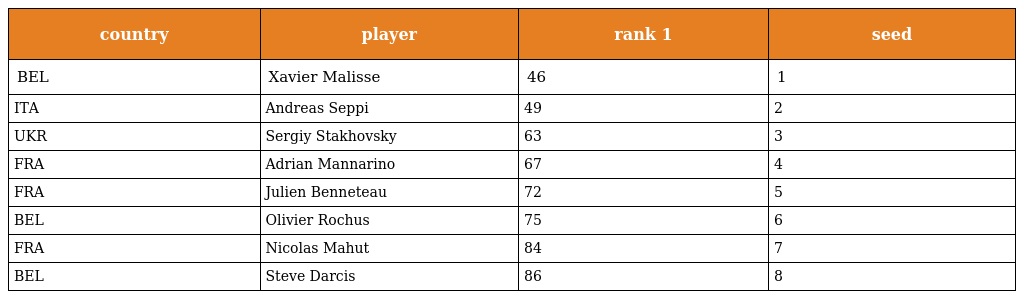
| country | player | rank 1 | seed |
 | --- | --- | --- | --- |
 | BEL | Xavier Malisse | 46 | 1 |
 | ITA | Andreas Seppi | 49 | 2 |
 | UKR | Sergiy Stakhovsky | 63 | 3 |
 | FRA | Adrian Mannarino | 67 | 4 |
 | FRA | Julien Benneteau | 72 | 5 |
 | BEL | Olivier Rochus | 75 | 6 |
 | FRA | Nicolas Mahut | 84 | 7 |
 | BEL | Steve Darcis | 86 | 8 |